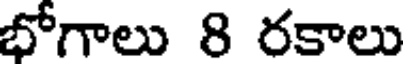
భోగాలు 8 రకాలు